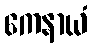
ကေနာယံ